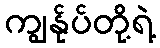
ကျွန်ုပ်တို့ရဲ့